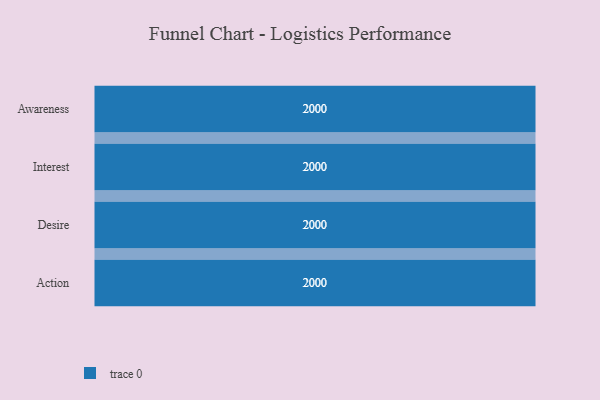
{"axis": {"x": "Stage", "y": "Value"}, "legend": [""], "data": [{"x": "Awareness", "y": 2000, "type": ""}, {"x": "Interest", "y": 2000, "type": ""}, {"x": "Desire", "y": 2000, "type": ""}, {"x": "Action", "y": 2000, "type": ""}]}